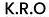
K.R.O